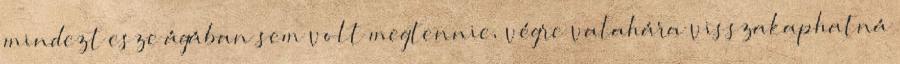
mindezt esze ágában sem volt megtennie, végre valahára visszakaphatná